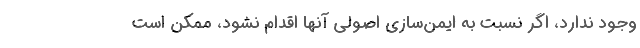
وجود ندارد، اگر نسبت به ایمن‌سازی اصولی آنها اقدام نشود، ممکن است